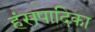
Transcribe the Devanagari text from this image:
हंसपादिका